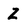
Character: Z